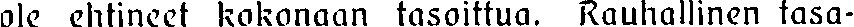
ole ehtineet kokonaan tasoittua. Rauhallinen tasa-